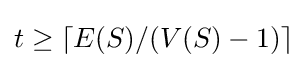
t\geq \lceil E(S)/(V(S)-1)\rceil